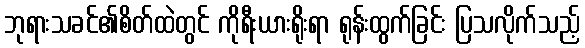
ဘုရားသခင်၏စိတ်ထဲတွင် ကိုရီးယားရိုးရာ ရုန်းထွက်ခြင်း ပြသလိုက်သည့်